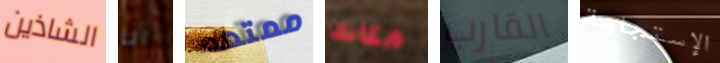
الشاذين أنا ممتعه مكانك القارب الإستجابة